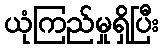
ယုံကြည်မှုရှိပြီး